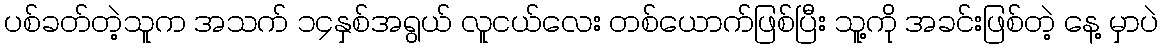
ပစ်ခတ်တဲ့သူက အသက် ၁၄နှစ်အရွယ် လူငယ်လေး တစ်ယောက်ဖြစ်ပြီး သူ့ကို အခင်းဖြစ်တဲ့ နေ့ မှာပဲ